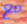
مع